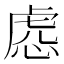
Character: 𧆹